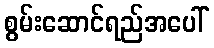
စွမ်းဆောင်ရည်အပေါ်